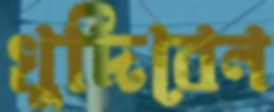
খুদিবেন